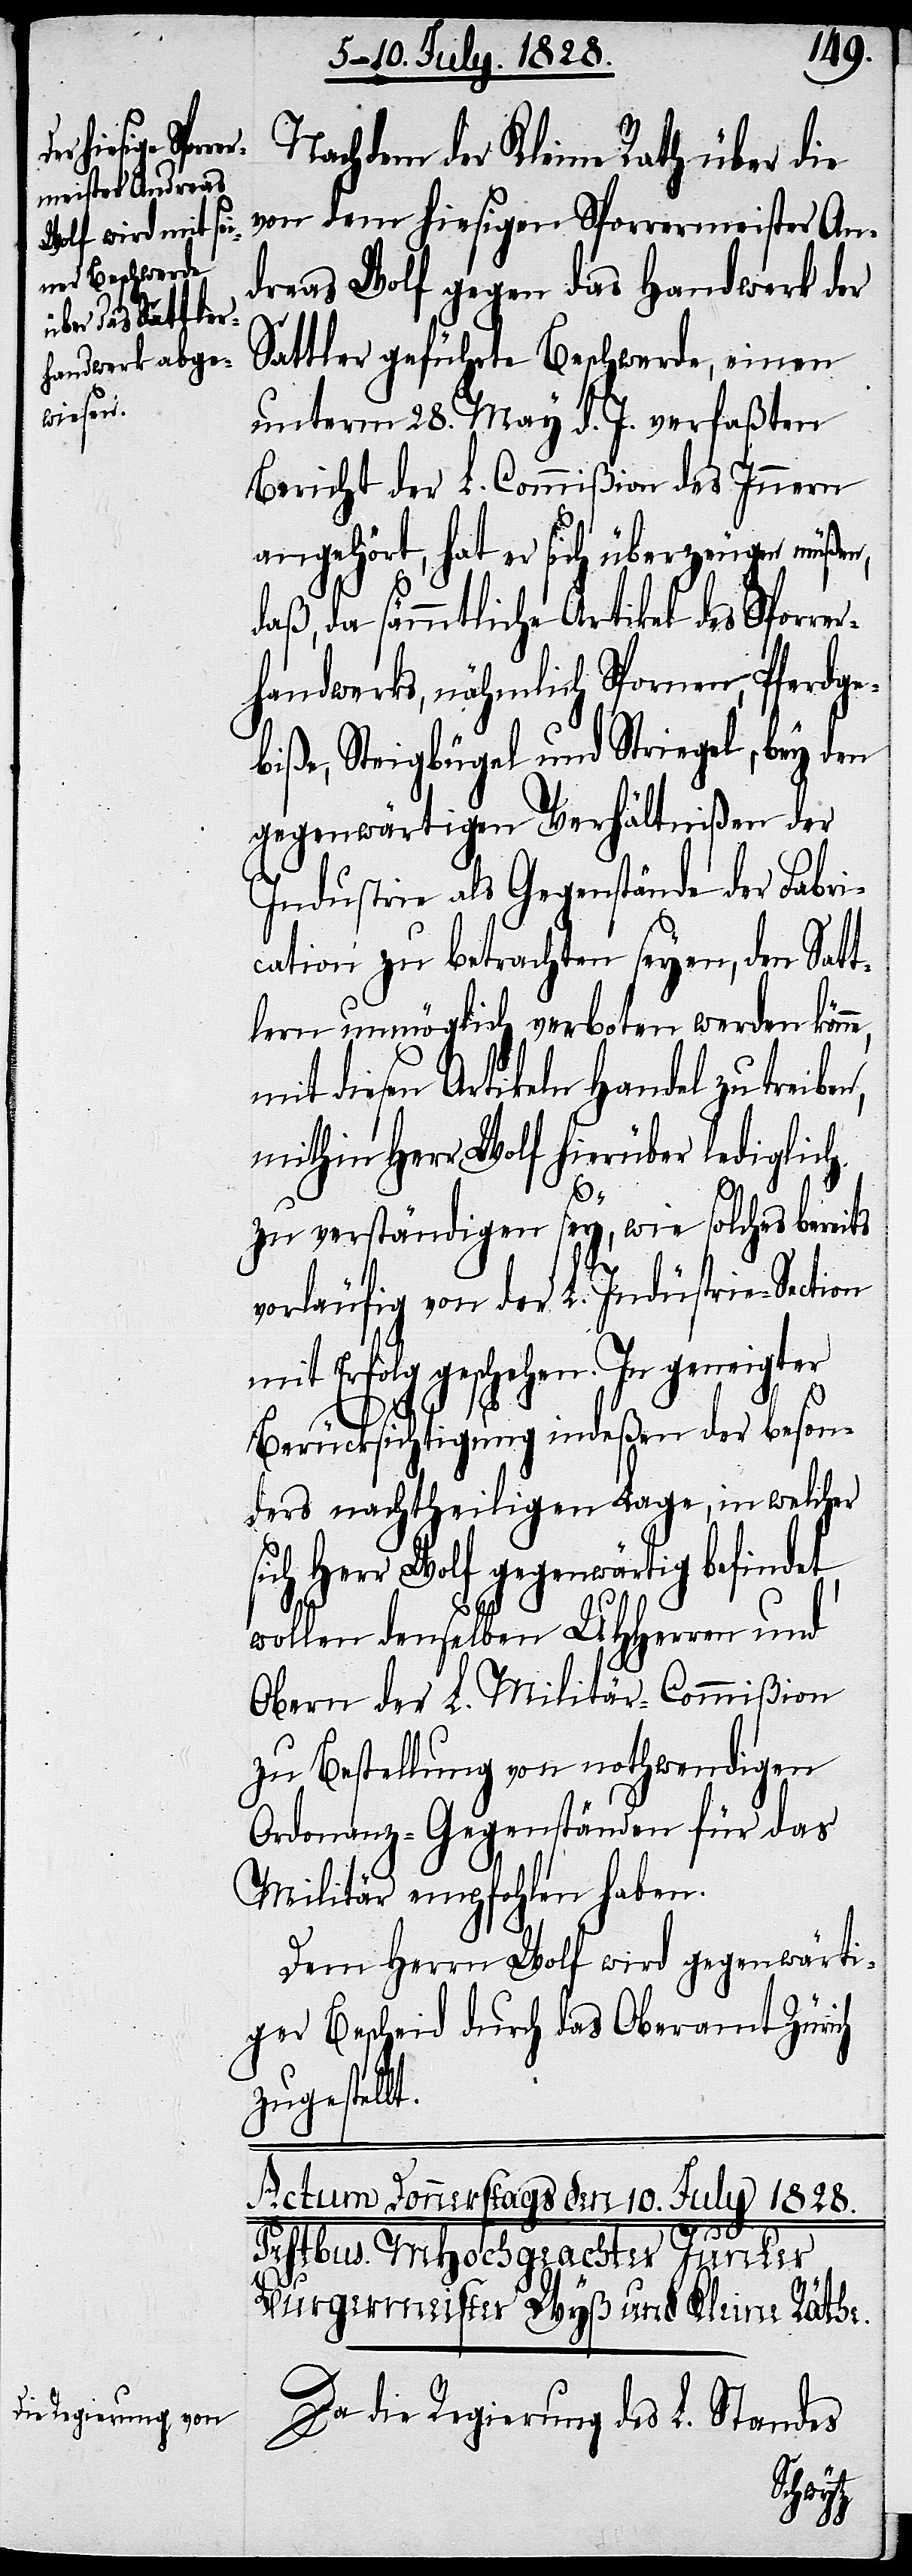
sich Her¬

Nachdem der Kleine Rath über die
von dem hiesigen Sporrermeister An¬
dreas Wolf gegen das Handwerk der
Sattler geführte Beschwerde, einen
unterm 28. May d. J. verfaßten
Bericht der L. Commißion des Innern
angehört, hat er sich überzeugen müßen,
daß, da sämmtliche Artikel des Sporre¬
rhandwerks, nähmlich Spornen, Pferdge¬
biße, Steigbügel und Striegel, bey den
gegenwärtigen Verhältnißen der
Industrie als Gegenstände der Fabri¬
cation zu betrachten seyen, den Satt¬
lern unmöglich verboten werden könn¬
mit diesen Artikeln Handel zu treibe¬
mithin Herr Wolf hierüber lediglich
t.
zu verständigen sey, wie solches bereits
vorläufig von der L. Indüstrie-Section
mit Erfolg geschehen. In geneigter
Berücksichtigung indeßen der beson¬
ders nachtheiligen Lage, in welcher
r Wolf gegenwärtig befindet,
wollen denselben UHHerren und
Obern der L. Militär-Commißion
zu Bestellung von nothwendigen
Ordonanz-Gegenständen für das
Militär empfohlen haben.
Dem Herrn Wolf wird gegenwärti¬
ger Bescheid durch das Oberamt Zürich
zugestell¬
Da die Regierung des L. Standes